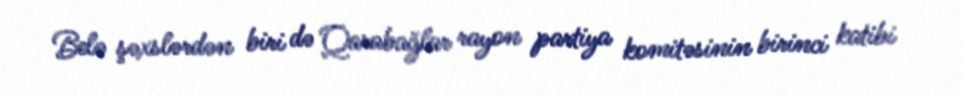
Belə şəxslərdən biri də Qarabağlar rayon partiya komitəsinin birinci katibi